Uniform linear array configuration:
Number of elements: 12
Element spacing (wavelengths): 0.75
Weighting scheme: kaiser
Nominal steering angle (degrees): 45
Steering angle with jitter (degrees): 45.299
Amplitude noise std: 0.05
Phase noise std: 0.05

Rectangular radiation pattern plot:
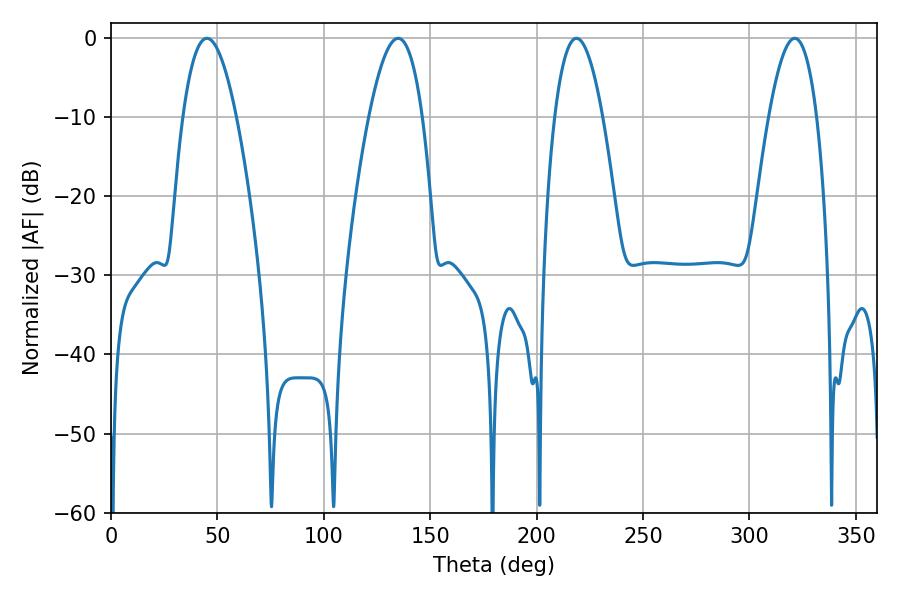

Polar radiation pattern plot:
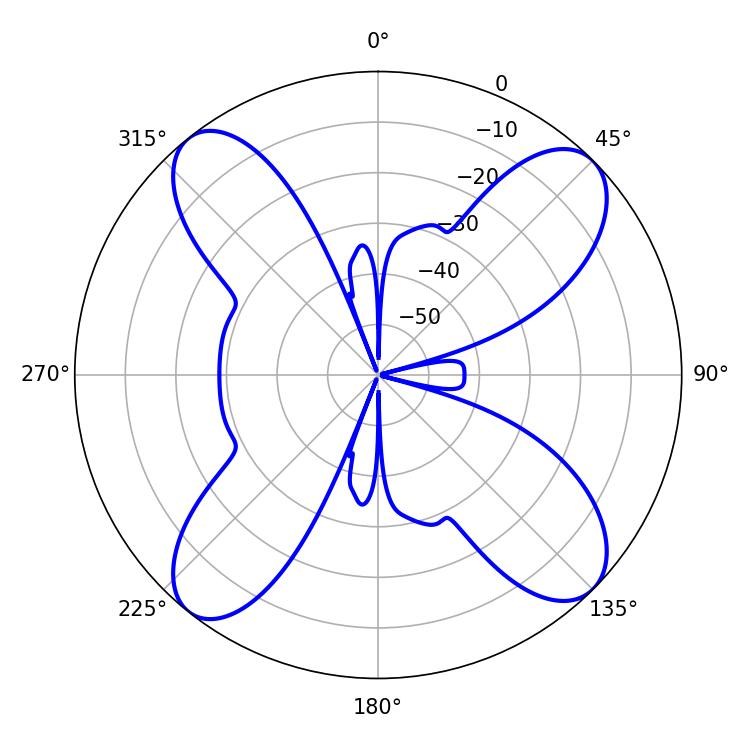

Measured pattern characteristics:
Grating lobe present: TRUE
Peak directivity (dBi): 14.317
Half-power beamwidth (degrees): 12.42
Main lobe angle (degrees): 218.7